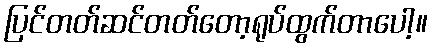
ပြင်တတ်ဆင်တတ်တော့ရုပ်ထွက်တာပေါ့။